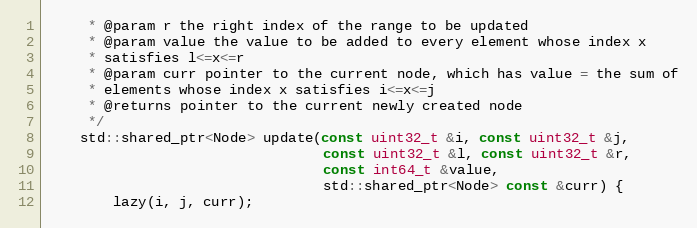
Language: C++
     * @param r the right index of the range to be updated
     * @param value the value to be added to every element whose index x
     * satisfies l<=x<=r
     * @param curr pointer to the current node, which has value = the sum of
     * elements whose index x satisfies i<=x<=j
     * @returns pointer to the current newly created node
     */
    std::shared_ptr<Node> update(const uint32_t &i, const uint32_t &j,
                                 const uint32_t &l, const uint32_t &r,
                                 const int64_t &value,
                                 std::shared_ptr<Node> const &curr) {
        lazy(i, j, curr);